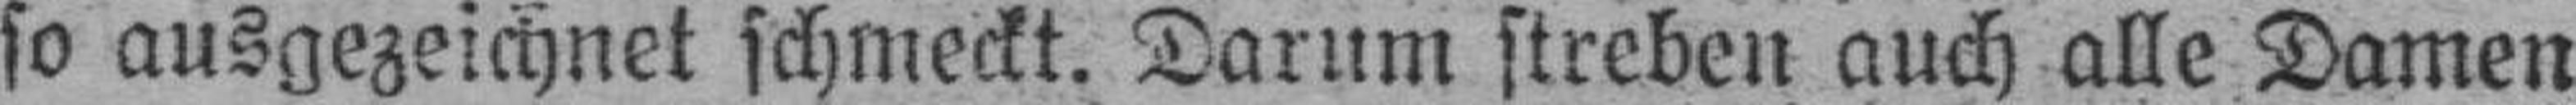
so ausgezeichnet schmeckt. Darum streben auch alle Damen